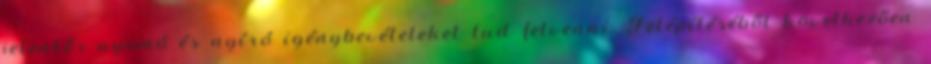
jelentős nyomó és nyíró igénybevételeket tud felvenni. Felépítéséből következően